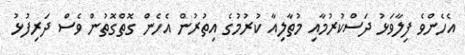
އެހެންވެ ފިލާވަޅު ދަސްކުރުމާއި މުތާލިއާ ކުރުމުގެ އިތުރުން އެހެން ގޮތްގޮތުން ވެސް ދަރިފުޅު